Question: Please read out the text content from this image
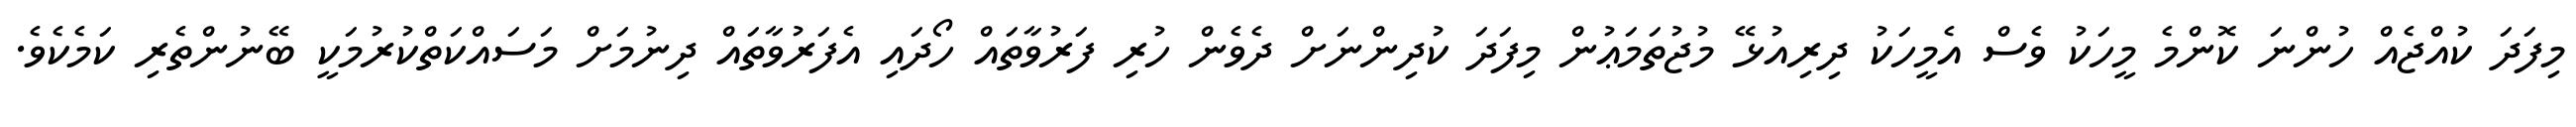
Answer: މިފަދަ ކުއްޖެއް ހުންނަ ކޮންމެ މީހަކު ވެސް އެމީހަކު ދިރިއުޅޭ މުޖުތަމަޢުން މިފަދަ ކުދިންނަށް ދެވެން ހުރި ފަރުވާތައް ހޯދައި އެފަރުވާތައް ދިނުމަށް މަސައްކަތްކުރުމަކީ ބޭނުންތެރި ކަމެކެވެ.